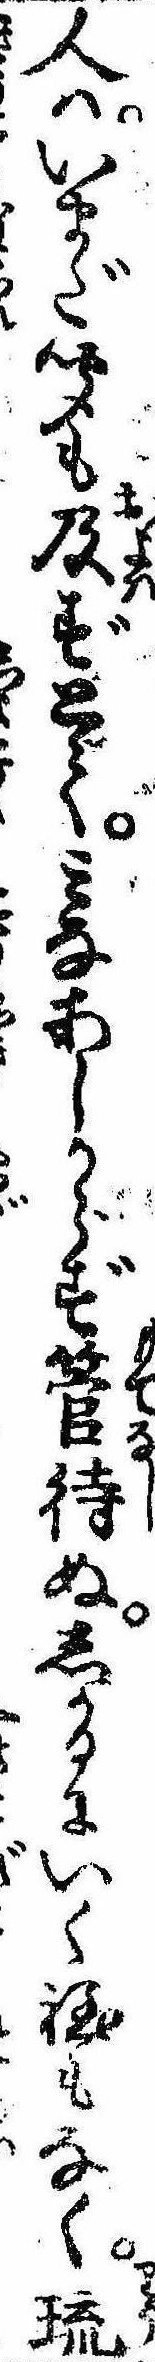
人はいまだ聞も及ずとてみなあしからず管待ぬしかるにいく程もなく琉